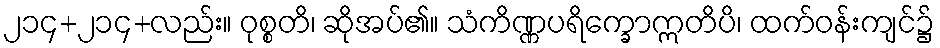
၂၁၄+၂၁၄+လည်း။ ဝုစ္စတိ၊ ဆိုအပ်၏။ သံကိဏ္ဏပရိက္ခောဣတိပိ၊ ထက်ဝန်းကျင်၌